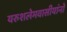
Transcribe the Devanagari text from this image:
यरुशलेमवासीयांनो